Report on vaccination in Madras 1922-1929 - 1922-1929
Year: 1922
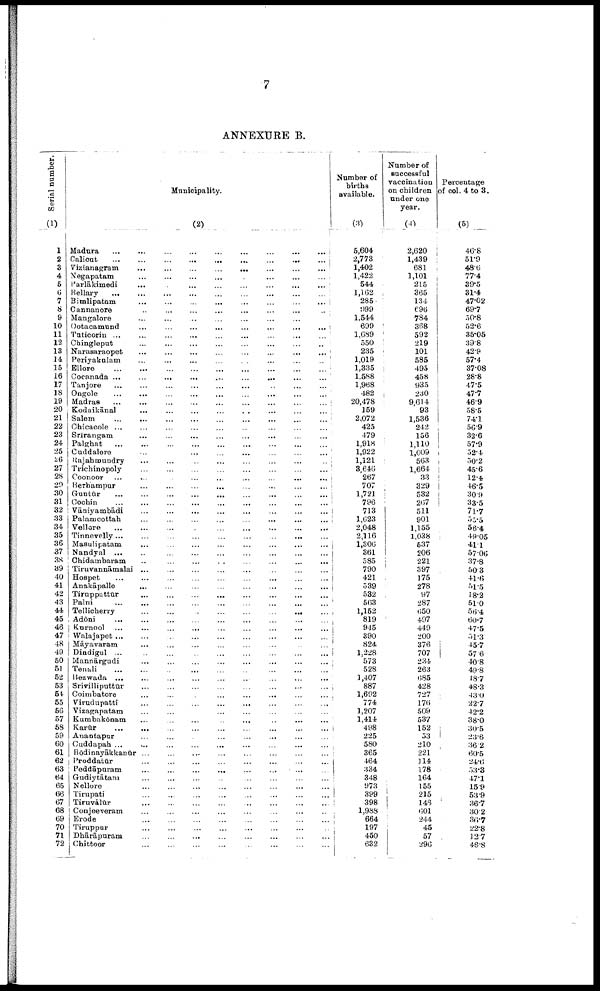
7
ANNEXURE B.
Serial number.
(1)
1
2
3
4
5
6
7
8
9
10
11
12
13
11
15
16
17
18
19
20
21
22
23
24
25
26
27
28
29
30
31
32
33
34
35
36
37
38
39
40
41
42
43
44
45
46
47
48
49
50
51
52
53
54
55
56
57
58
59
60
61
62
63
64
65
66
67
68
69
70
71
72
Municipality.
(2)
Madura ... ... ... ... ... ... ... ... ... ...
Calicut
...
...
...
...
...
...
...
...
...
...
Vizianagram ... ... ... ... ... ... ... ... ... ...
Negapatam ... ... ... ... ... ... ... ... ... ...
Parlākimedi ... ... ... ... ... ... ... ... ... ...
Bellary
...
...
...
...
...
...
...
...
...
...
Bimlipatam ... ... ... ... ... ... ... ... ... ...
Cannanore ... ... ... ... ... ... ... ... ... ...
Mangalore
...
...
...
...
...
...
...
...
...
...
Ootacamund
...
...
...
...
...
...
...
...
...
...
Tuticorin
...
...
...
...
...
...
...
...
...
...
Chingleput ... ... ... ... ... ... ... ... ... ...
Narasaraopet
...
...
...
...
...
...
...
...
...
...
Periyakulam ... ... ... ... ... ... ... ... ... ...
Ellore ... ... ... ... ... ... ... ... ... ...
Cocanada ... ... ... ... ... ... ... ... ... ...
Tanjore
...
...
...
...
...
...
...
...
...
...
Ongole
...
...
...
...
...
...
...
...
...
...
Madras ... ... ... ... ... ... ... ... ... ...
Kodaikānal ... ... ... ... ... ... ... ... ... ...
Salem
...
...
...
...
...
...
...
...
...
...
Chicacole ... ... ... ... ... ... ... ... ... ...
Srīrangam ... ... ... ... ... ... ... ... ... ...
Palghat
...
...
...
...
...
...
...
...
...
...
Cuddalore
...
...
...
...
...
...
...
...
...
...
Rajahmundry ... ... ... ... ... ... ... ... ... ...
Trichinopoly
...
...
...
...
...
...
...
...
...
...
Coonoor
...
...
...
...
...
...
...
...
...
...
Berhampur ... ... ... ... ... ... ... ... ... ...
Guntūr ... ... ... ... ... ... ... ... ... ...
Cochin
...
...
...
...
...
...
...
...
...
...
Vāniyambādi
...
...
...
...
...
...
...
...
...
...
Palamcottah ... ... ... ... ... ... ... ... ... ...
Vellore
...
...
...
...
...
...
...
...
...
...
Tinnevelly...
...
...
...
...
...
...
...
...
...
Masulipatam ... ... ... ... ... ... ... ... ... ...
Nandyal ... ... ... ... ... ... ... ... ... ...
Chidambaram
...
...
...
...
...
...
...
...
...
...
Tiruvannāmalai
...
...
...
...
...
...
...
...
...
...
Hospet
...
...
...
...
...
...
...
...
...
...
Anakāpalle
...
...
...
...
...
...
...
...
...
...
Tiruppattūr
...
...
...
...
...
...
...
...
...
...
Palni
...
...
...
...
...
...
...
...
...
...
Tellicherry ... ... ... ... ... ... ... ... ... ...
Adōni ... ... ... ... ... ... ... ... ... ...
Kurnool
...
...
...
...
...
...
...
...
...
...
Walajapet
...
...
...
...
...
...
...
...
...
...
Māyavaram ... ... ... ... ... ... ... ... ... ...
Dindigul
...
...
...
...
...
...
...
...
...
...
Mannārgudi ... ... ... ... ... ... ... ... ... ...
Tenali
...
...
...
...
...
...
...
...
...
...
Bezwada
...
...
...
...
...
...
...
...
...
...
Srivilliputtūr ... ... ... ... ... ... ... ... ... ...
Coimbatore ... ... ... ... ... ... ... ... ... ...
Virudupatti
...
...
...
...
...
...
...
...
...
...
Vizagapatam ... ... ... ... ... ... ... ... ... ...
Kumbakōnam ... ... ... ... ... ... ... ... ... ...
Karūr
...
...
...
...
...
...
...
...
...
...
Anantapur ... ... ... ... ... ... ... ... ... ...
Cuddapah
...
...
...
...
...
...
...
...
...
...
Bōdinayākkanūr ... ... ... ... ... ... ... ... ... ...
Proddatūr
...
...
...
...
...
...
...
...
...
...
Peddāpuram ... ... ... ... ... ... ... ... ... ...
Gudiytātam
...
...
...
...
...
...
...
...
...
...
Nellore ... ... ... ... ... ... ... ... ... ...
Tirupati
...
...
...
...
...
...
...
...
...
...
Tiruvālūr
...
...
...
...
...
...
...
...
...
...
Conjeeveram ... ... ... ... ... ... ... ... ... ...
Erode ... ... ... ... ... ... ... ... ... ...
Tiruppur ... ... ... ... ... ... ... ... ... ...
Dhārāpuram ... ... ... ... ... ... ... ... ... ...
Chittoor ... ... ... ... ... ... ... ... ... ...
Number of
births
available.
(3)
5,604
2,773
1,402
1,422
544
1,162
285
999
1,544
699
1,689
550
235
1,019
1,335
1,588
1,968
482
20,478
159
2,072
425
479
1,918
1,922
1,121
3,646
267
707
1,721
796
713
1,623
2,048
2,116
1,306
361
585
790
421
539
532
563
1,152
819
945
390
824
1,228
573
528
1,407
887
1,692
774
1,207
1,414
498
225
580
365
464
334
348
973
399
398
1,988
664
197
450
632
Number of
successful
vaccination
on children
under one
year.
(4)
2,620
1,439
681
1,101
215
365
134
696
784
368
592
219
101
585
495
458
935
230
9,614
93
1,536
242
156
1,110
1,009
563
1,664
33
329
532
267
511
901
1,155
1,038
537
206
221
397
175
278
97
287
650
497
449
200
376
707
234
263
685
428
727
176
509
537
152
53
210
221
114
178
164
155
215
146
601
244
45
57
296
Percentage
of col. 4 to 3.
(5)
46.8
51.9
48.6
77.4
39.5
31.4
47.02
69.7
50.8
52.6
35.05
39.8
42.9
57.4
37.08
28.8
47.5
47.7
46.9
58.5
74.1
56.9
32.6
57.9
52.4
50.2
45.6
12.4
46.5
30.9
33.5
71.7
55.5
56.4
49.05
41.1
57.06
37.8
50.3
41.6
51.5
18.2
51.0
56.4
60.7
47.5
51.3
45.7
57.6
40.8
49.8
18.7
48.3
43.0
22.7
42.2
38.0
30.5
23.6
36.2
60.5
24.6
53.3
47.1
15.9
53.9
36.7
30.2
36.7
22.8
12.7
46.8